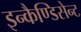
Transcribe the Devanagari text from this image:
इन्कैण्डिसेन्ट